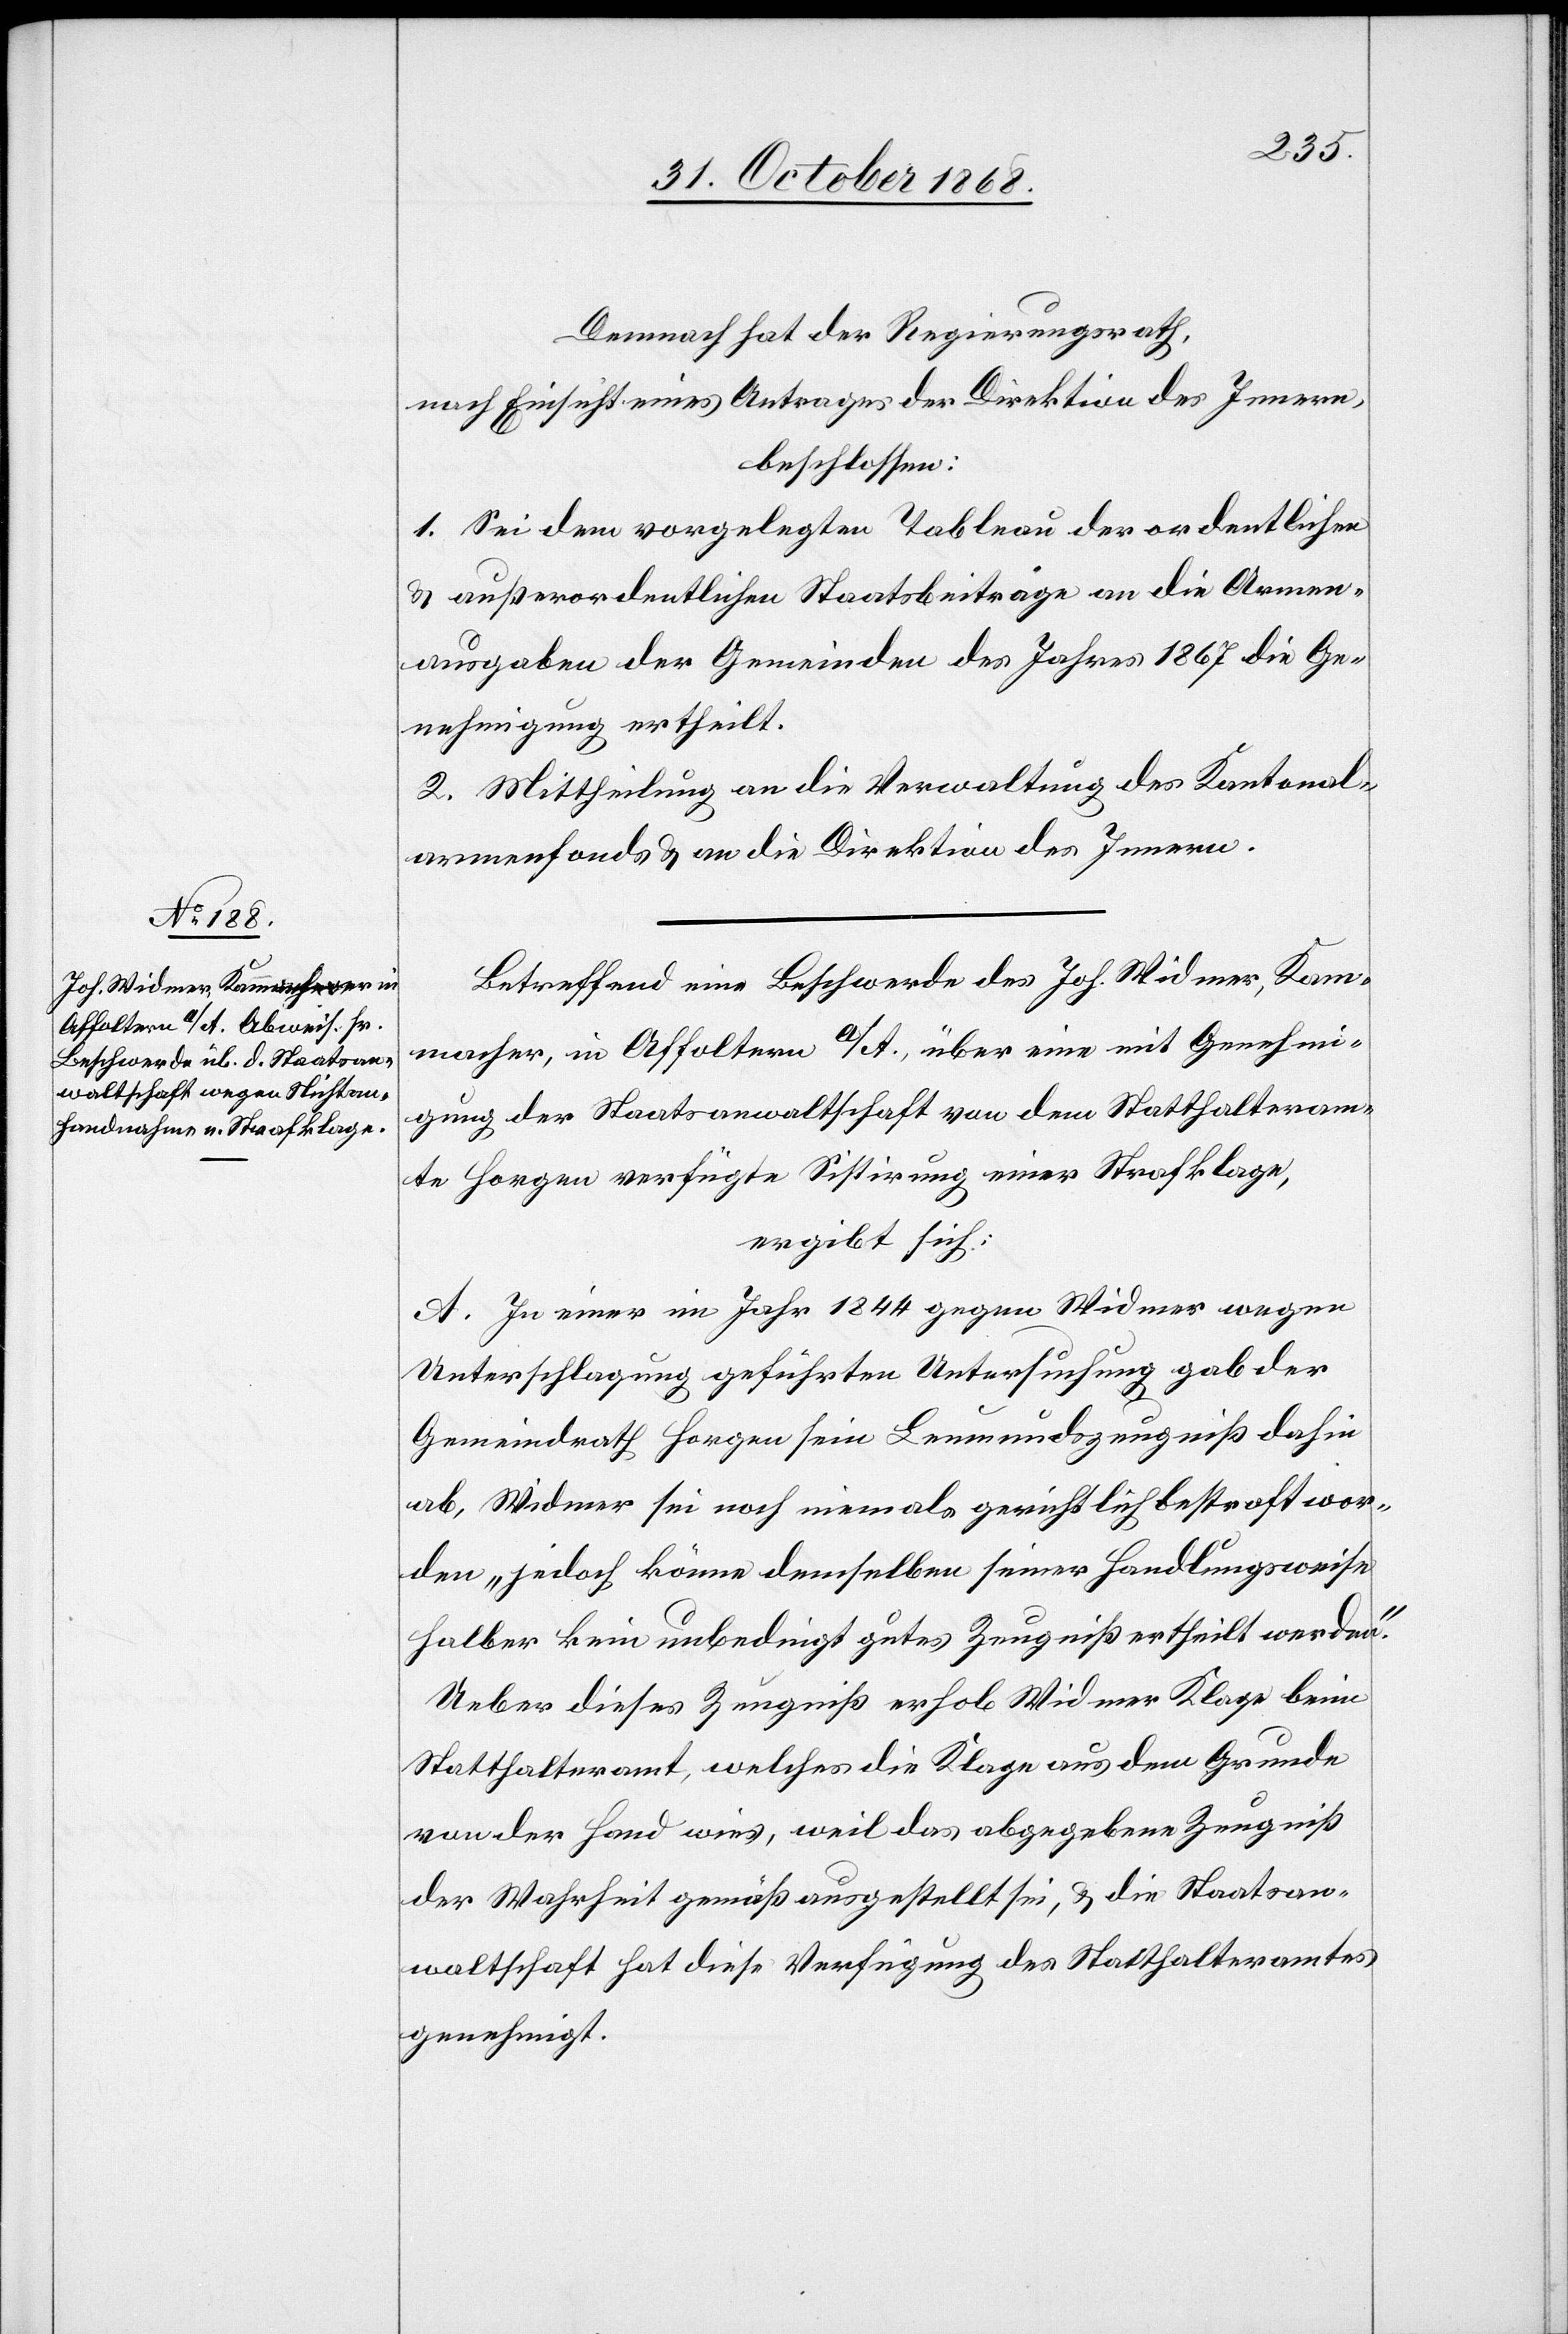
Demnach hat der Regierungsrath,
nach Einsicht eines Antrages der Direktion des Innern,
beschlossen:
1. Sei dem vorgelegten Tableau der ordentlichen
& außerordentlichen Staatsbeiträge an die Armen¬
ausgaben der Gemeinden des Jahres 1867 die Ge¬
nehmigung ertheilt.
2. Mittheilung an die Verwaltung des Kantonal¬
armenfonds & an die Direktion des Innern.
Betreffend eine Beschwerde des Joh. Widmer, Kam¬
macher, in Affoltern a/A., über eine mit Genehmi¬
gung der Staatsanwaltschaft von dem Statthalteram¬
te Horgen verfügte Sistirung einer Strafklage,
ergibt sich:
A. In einer im Jahr 1844 gegen Widmer wegen
Unterschlagung geführten Untersuchung gab der
Gemeindrath Horgen sein Leumundszeugniß dahin
ab, Widmer sei noch niemals gerichtlich bestraft wor¬
den „jedoch könne demselben seiner Handlungsweise
halber kein unbedingt gutes Zeugniß ertheilt werden“.
Ueber dieses Zeugniß erhob Widmer Klage beim
Statthalteramt, welches die Klage aus dem Grunde
von der Hand wies, weil das abgegebene Zeugniß
der Wahrheit gemäß ausgestellt sei, & die Staatsan¬
waltschaft hat diese Verfügung des Statthalteramtes
genehmigt.